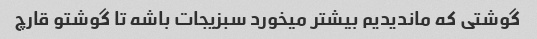
گوشتی که ماندیدیم بیشتر میخورد سبزیجات باشه تا گوشتو قارچ